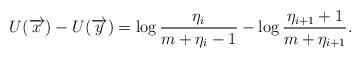
LaTeX: \begin{align*}U(\overrightarrow{x})-U(\overrightarrow{y})=\log\frac{\eta_i}{m+\eta_i-1}-\log\frac{\eta_{i+1}+1}{m+\eta_{i+1}}.\end{align*}